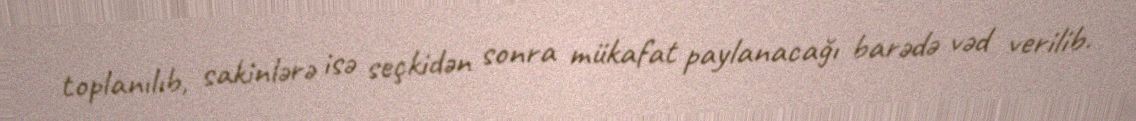
toplanılıb, sakinlərə isə seçkidən sonra mükafat paylanacağı barədə vəd verilib.